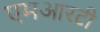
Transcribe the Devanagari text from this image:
एमआरटी